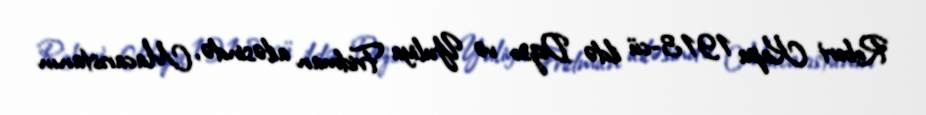
Robert Kapa 1913-cü ildə Dezso və Yuliya Fridman ailəsində, Macarıstanın